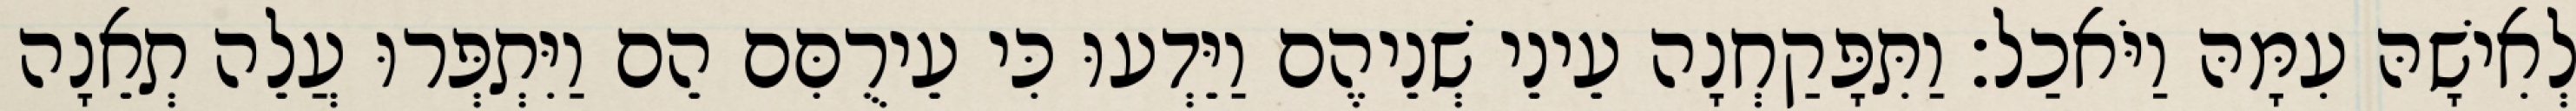
לְאִישָׁהּ עִמָּהּ וַיֹּאכַל׃ וַתִּפָּקַחְנָה עֵינֵי שְׁנֵיהֶם וַיֵּדְעוּ כִּי עֵירֻםִּם הֵם וַיִּתְפְּרוּ עֲלֵה תְאֵנָה